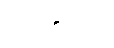
ကွင်းဆင်း၍